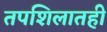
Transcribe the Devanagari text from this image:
तपशिलातही